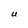
Character: U